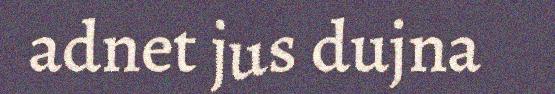
adnet jus dujna